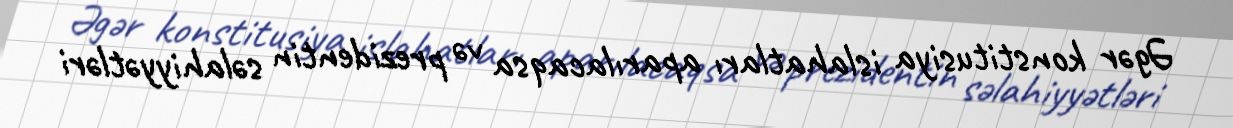
Əgər konstitusiya islahatları aparılacaqsa və prezidentin səlahiyyətləri